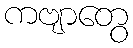
ကဗျာတွေ